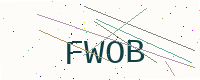
Text: FWOB